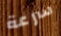
سرعة